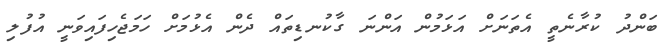
ބަންދު ކުރާނެތީ އެތަނަށް އަޅަމުން އަންނަ ގާކުނޑިތައް ދެން އެޅުމަށް ހަމަޖެހިފައިވަނީ އުފުލި